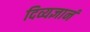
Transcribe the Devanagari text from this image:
दिव्यज्ञानं